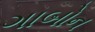
ગાબોન